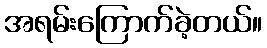
အရမ်းကြောက်ခဲ့တယ်။